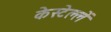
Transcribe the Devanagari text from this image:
केस्टेल्लें